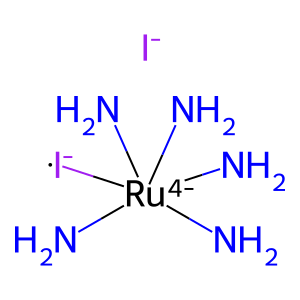
SMILES: N[Ru-4](N)(N)(N)(N)[I-].[I-]
Inhibits HIV replication: No